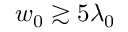
w _ { 0 } \gtrsim 5 \lambda _ { 0 }